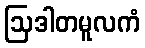
ဩဒါတမူလကံ